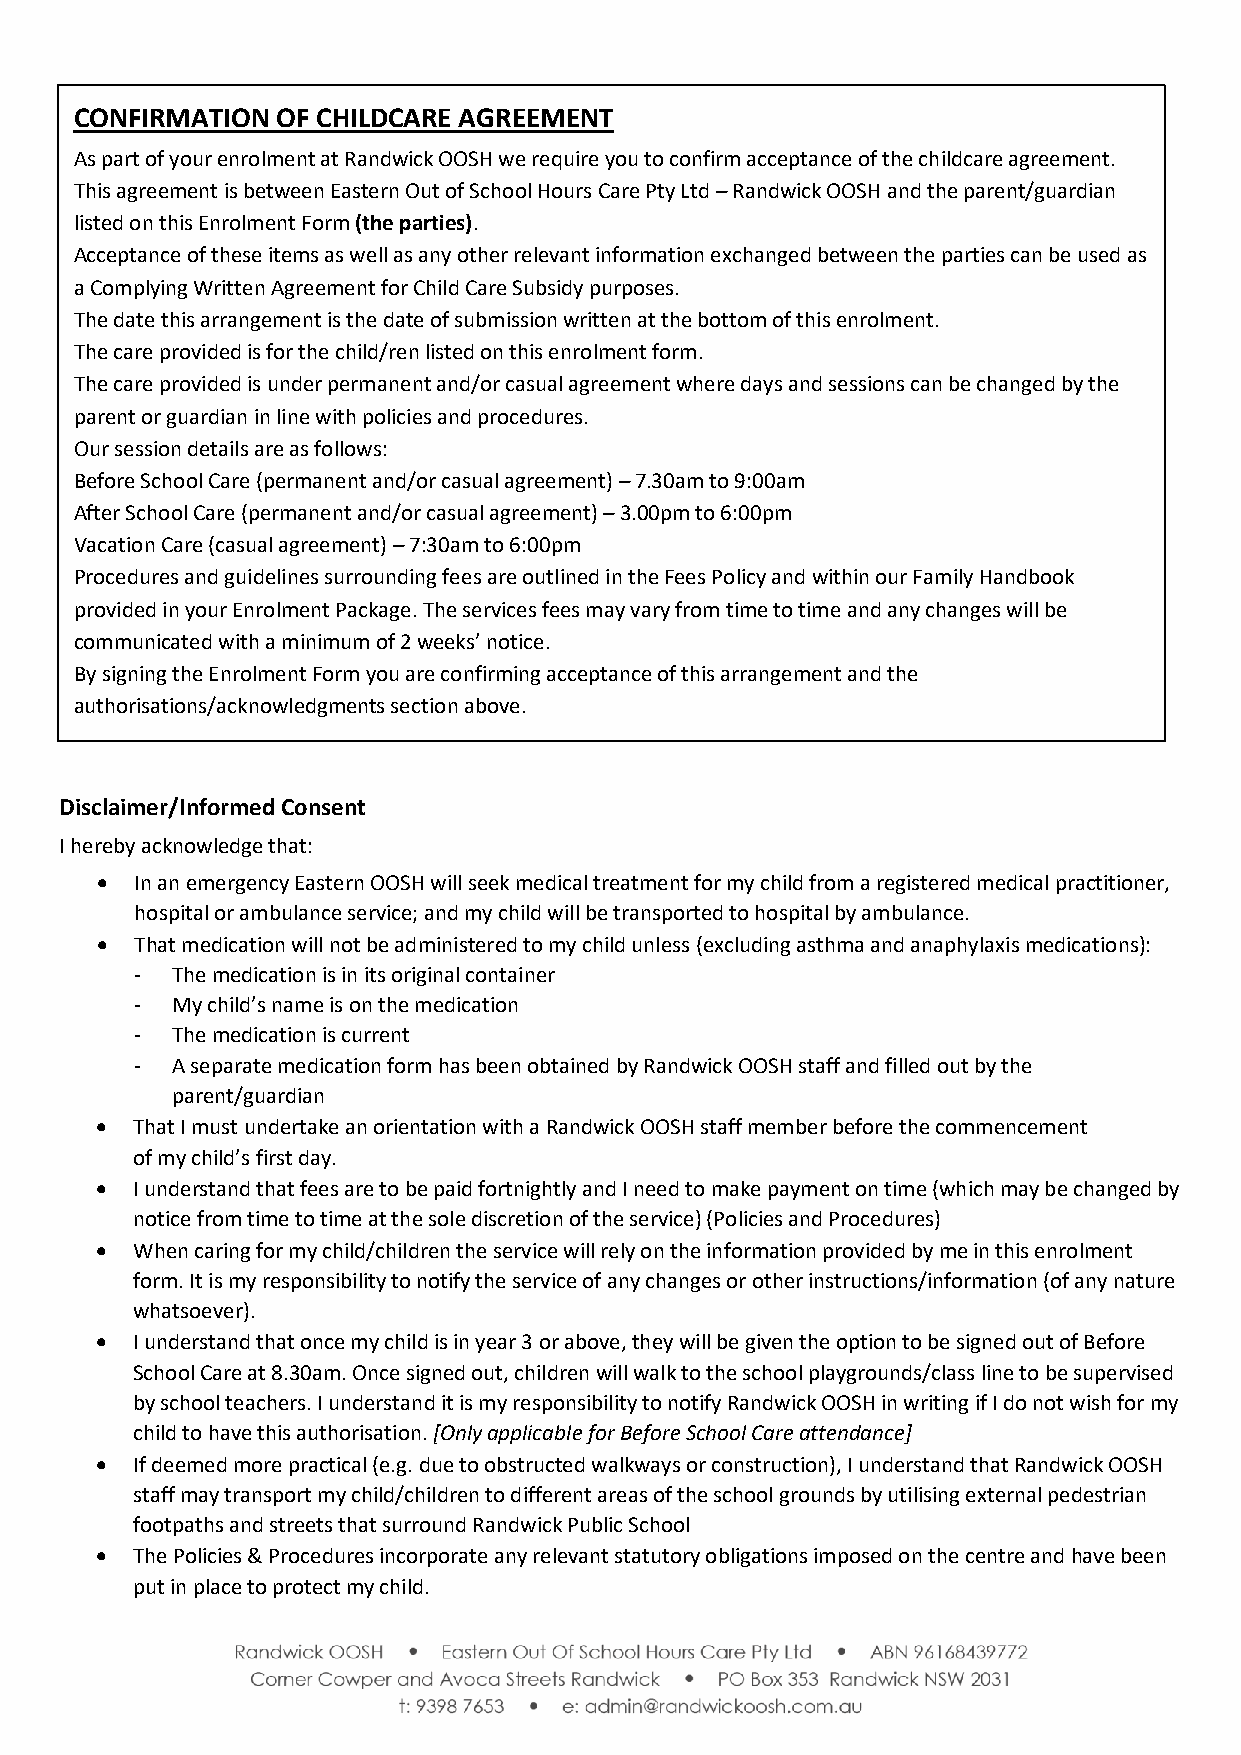
CONFIRMATION OF CHILDCARE AGREEMENT
 As part of your enrolment at Randwick OOSH we require you to confirm acceptance of the childcare agreement.
 This agreement is between Eastern Out of School Hours Care Pty Ltd – Randwick OOSH and the parent/guardian
 listed on this Enrolment Form (the parties).
 Acceptance of these items as well as any other relevant information exchanged between the parties can be used as
 a Complying Written Agreement for Child Care Subsidy purposes.
 The date this arrangement is the date of submission written at the bottom of this enrolment.
 The care provided is for the child/ren listed on this enrolment form.
 The care provided is under permanent and/or casual agreement where days and sessions can be changed by the
 parent or guardian in line with policies and procedures.
 Our session details are as follows:
 Before School Care (permanent and/or casual agreement) – 7.30am to 9:00am
 After School Care (permanent and/or casual agreement) – 3.00pm to 6:00pm
 Vacation Care (casual agreement) – 7:30am to 6:00pm
 Procedures and guidelines surrounding fees are outlined in the Fees Policy and within our Family Handbook
 provided in your Enrolment Package. The services fees may vary from time to time and any changes will be
 communicated with a minimum of 2 weeks’ notice.
 By signing the Enrolment Form you are confirming acceptance of this arrangement and the
 authorisations/acknowledgments section above.
 Disclaimer/Informed Consent
 I hereby acknowledge that:
 •  In an emergency Eastern OOSH will seek medical treatment for my child from a registered medical practitioner,
 hospital or ambulance service; and my child will be transported to hospital by ambulance.
 •  That medication will not be administered to my child unless (excluding asthma and anaphylaxis medications):
 - The medication is in its original container
 - My child’s name is on the medication
 - The medication is current
 - A separate medication form has been obtained by Randwick OOSH staff and filled out by the
 parent/guardian
 •  That I must undertake an orientation with a Randwick OOSH staff member before the commencement
 of my child’s first day.
 •  I understand that fees are to be paid fortnightly and I need to make payment on time (which may be changed by
 notice from time to time at the sole discretion of the service) (Policies and Procedures)
 •  When caring for my child/children the service will rely on the information provided by me in this enrolment
 form. It is my responsibility to notify the service of any changes or other instructions/information (of any nature
 whatsoever).
 •  I understand that once my child is in year 3 or above, they will be given the option to be signed out of Before
 School Care at 8.30am. Once signed out, children will walk to the school playgrounds/class line to be supervised
 by school teachers. I understand it is my responsibility to notify Randwick OOSH in writing if I do not wish for my
 child to have this authorisation. [Only applicable for Before School Care attendance]
 •  If deemed more practical (e.g. due to obstructed walkways or construction), I understand that Randwick OOSH
 staff may transport my child/children to different areas of the school grounds by utilising external pedestrian
 footpaths and streets that surround Randwick Public School
 •  The Policies & Procedures incorporate any relevant statutory obligations imposed on the centre and have been
 put in place to protect my child.